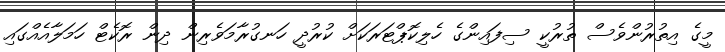
މީގެ އިތުރުންވެސް ތުރުކީ ސިފައިންގެ ހެލިކޮޕްޓަރަކަށް ކުރުދީ ހަނގުރާމަވެރިން ދިން ރޮކެޓް ހަމަލާއެއްގައި